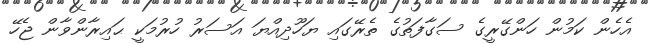
އެހެން ކަމުން ހަންގޭރީގެ ސަގާފަތުގެ ތެރޭގައި ޔަހޫދިއްޔަ އަސަރު ހުރުމަކީ ޙައިރާންވާން ޖެހޭ